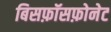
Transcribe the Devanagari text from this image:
बिसफ़ॉसफ़ोनेट